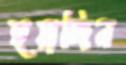
হুয়াজিন